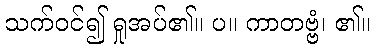
သက်ဝင်၍ ရှုအပ်၏။ ပ။ ကာတဗ္ဗံ၊ ၏။